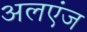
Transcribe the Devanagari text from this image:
अलएंज